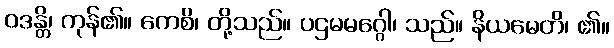
ဝဒန္တိ၊ ကုန်၏။ ကေစိ၊ တို့သည်။ ပဌမမဂ္ဂေါ၊ သည်။ နိယမေတိ၊ ၏။